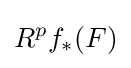
R^{p}f_{*}(F)